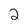
Character: 2